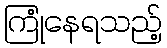
ကြုံနေရသည့်